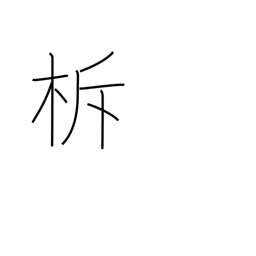
Meaning: sounding sticks